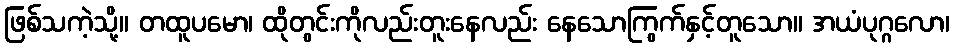
ဖြစ်သကဲ့သို့။ တထူပမော၊ ထိုတွင်းကိုလည်းတူးနေလည်း နေသောကြွက်နှင့်တူသော။ အယံပုဂ္ဂလော၊